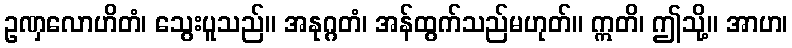
ဥဏှလောဟိတံ၊ သွေးပူသည်။ အနုဂ္ဂတံ၊ အန်ထွက်သည်မဟုတ်။ ဣတိ၊ ဤသို့။ အာဟ၊